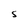
Character: S